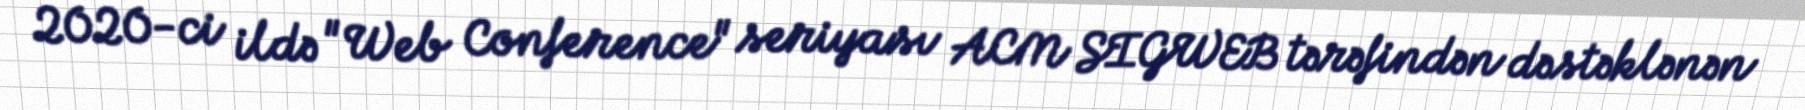
2020-ci ildə "Web Conference" seriyası ACM SIGWEB tərəfindən dəstəklənən